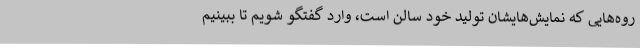
روه‌هایی که نمایش‌هایشان تولید خود سالن است، وارد گفتگو شویم تا ببینیم